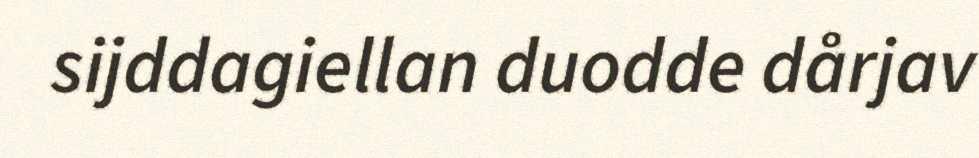
sijddagiellan duodde dårjav